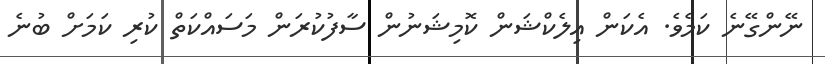
ނޭންގޭނެ ކަމެވެ. އެކަން އިލެކްޝަން ކޮމިޝަނުން ސާފުކުރަން މަސައްކަތް ކުރި ކަމަށް ބުނެ